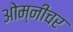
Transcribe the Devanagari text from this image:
ओम्नीचर